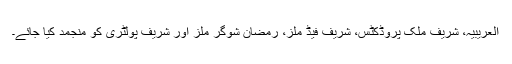
العریبیہ، شریف ملک پروڈکٹس، شریف فیڈ ملز، رمضان شوگر ملز اور شریف پولٹری کو منجمد کیا جائے۔